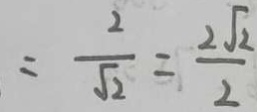
= \frac { 2 } { \sqrt { 2 } } = \frac { 2 \sqrt { 2 } } { 2 }